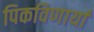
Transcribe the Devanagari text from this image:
पिकविणार्या